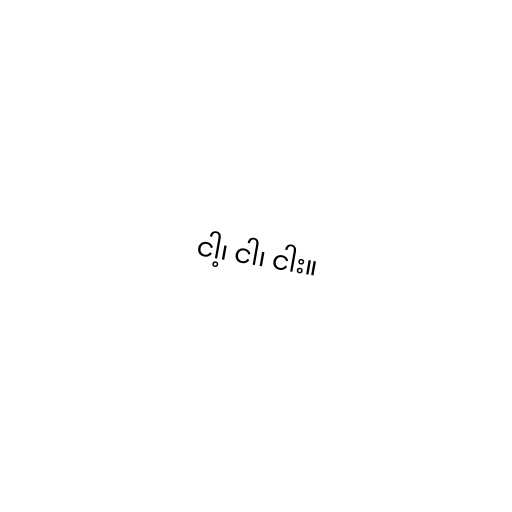
ငါ့၊ ငါ၊ ငါး။